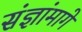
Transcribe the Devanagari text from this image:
संज्ञांमागे